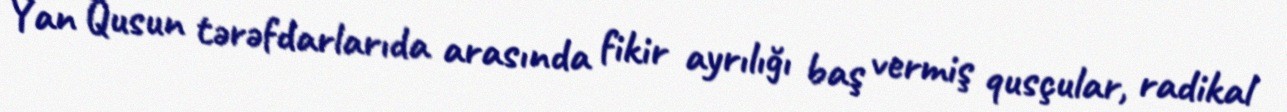
Yan Qusun tərəfdarlarıda arasında fikir ayrılığı baş vermiş qusçular, radikal